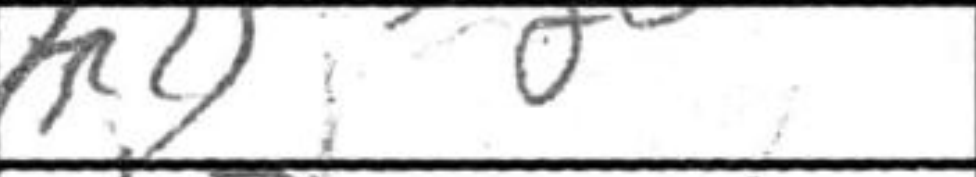
Transcription: h4